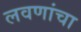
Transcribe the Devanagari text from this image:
लवणांचा